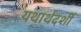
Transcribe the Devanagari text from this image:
यथार्थदर्शी